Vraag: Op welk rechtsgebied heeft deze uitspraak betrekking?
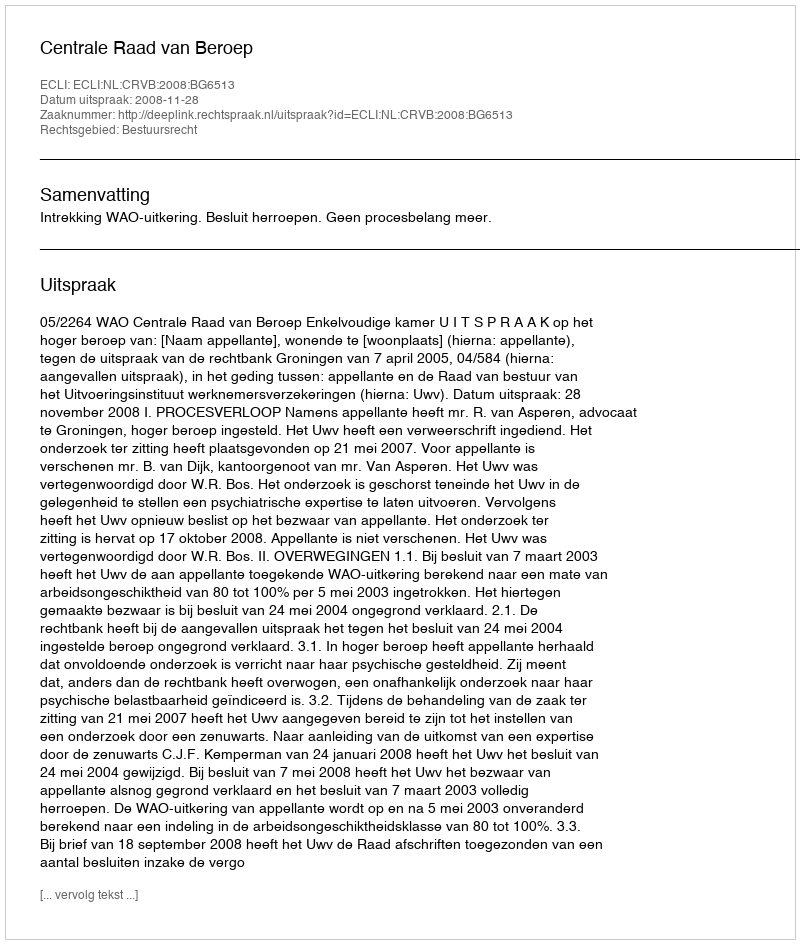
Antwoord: Bestuursrecht